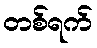
တစ်ရက်